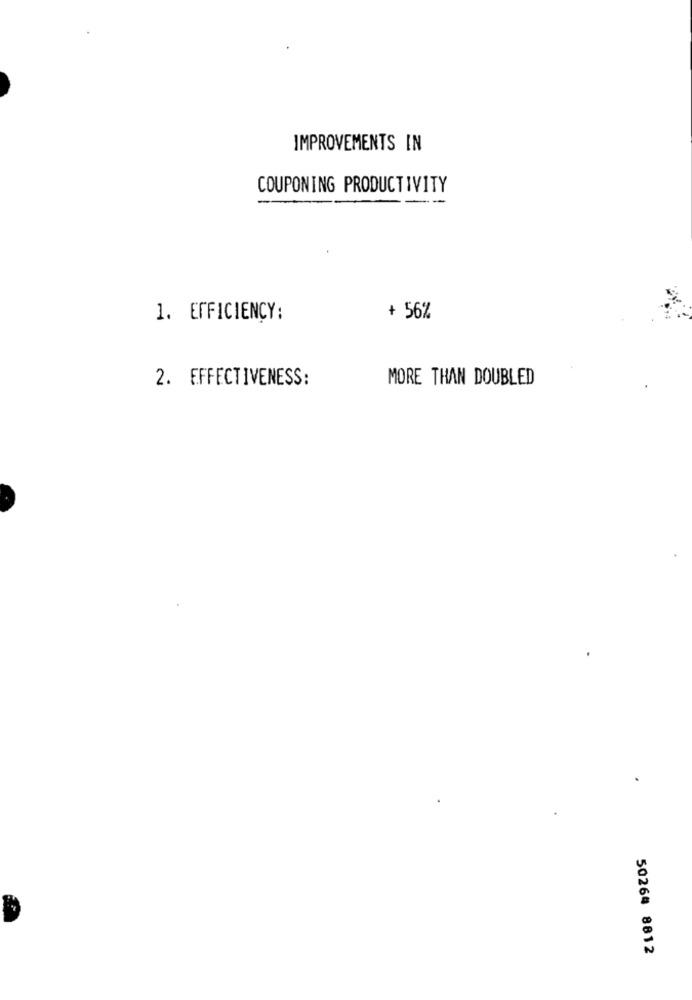
IMPROVEMENTS IN
COUPONING PRODUCTIVITY
1. EFFICIENCY:
+ 56%
2. EFFECTIVENESS:
MORE THAN DOUBLED
50264 8812